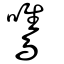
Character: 鷕